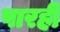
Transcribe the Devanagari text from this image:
पारही